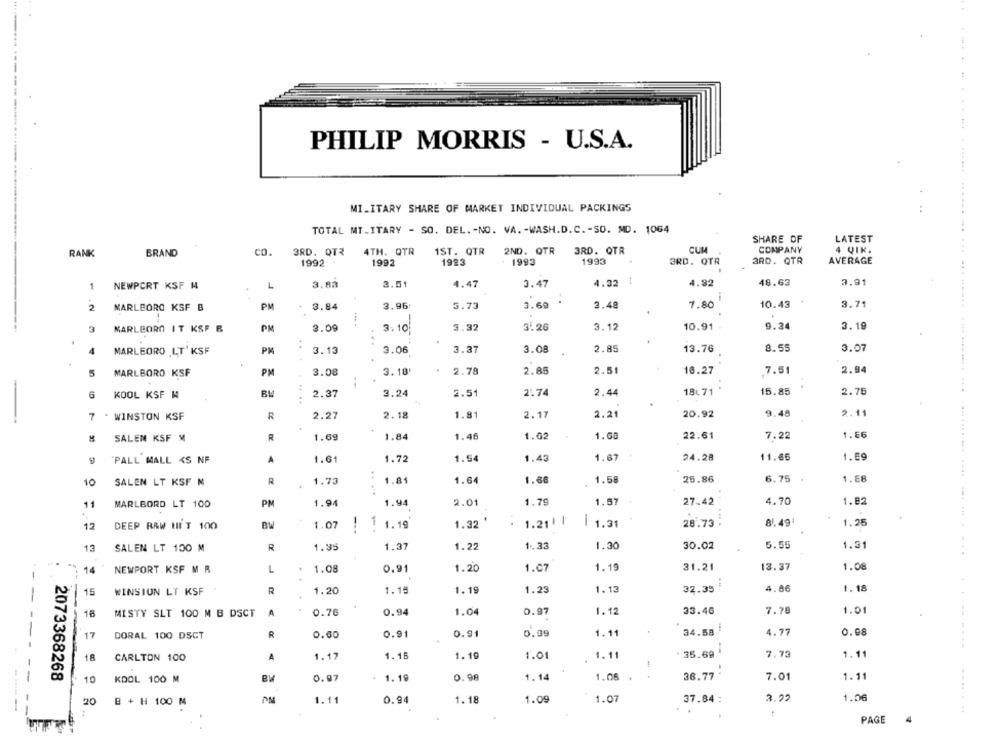
PHILIP MORRIS - U.S.A.
......... ...
MILITARY SHARE OF MARKET INDIVIDUAL PACKINGS
TOTAL MT.ITARY - SO. DEL. - NO. VA. - WASH.D.C. - SO. MD. 1064
.....
SHARE OF
LATEST
RANK
BRAND
CO
3RD. QT₹
4TH. QTR
1ST. QTR
2ND. QTR
3RD. QTR
CUM
COMPANY
4 QIK.
1993
3RD. QTR
AVERAGE
1992
1992
1993
1993
3RD. QTR
3.47
4.32
4.92
48.63
3.91
1
NEWPORT KSF N
L
3.8å
3.51
4.47
3.96
3.73
3.60
..
3.48
7.80
10.43
3.71
2
MARLBORO KSF B
PM
3.84
3.09
3.32
3.26
3.12
10.91
9.34
3.19
MARLBORO IT KSF B
3.10
PM
..
3.37
3.08
2.85
13.76
8.55
3.07
MARLEORO LT'KSF
3.13
3.06
5
PM
3.08
3.10'
2.78
2.85
2.51
16.27
.7.51
2.84
MARLBORO KSF
6
BL
2.37
3.24
2.51
2.74
2.44
18L71
15.85
2.75
KOOL KSF N
.. ..
7 . WINSTON KSF
R
2.27
2.18
1.81
2.17
2.21
20.92
9.48
2.11
SALEM KSF M
R
1.69
1.84
1.46
1.62
1.68
22.61
7.22
1.66
"PALL MALL <S NF
A
1.61
1.72
1.54
1.43
1.67
24.28
11.65
1.69
.+
10
SALEN LT KSF N
R
1.73
1.81
1.64
1.66
1.58
25.86
6.75
1.68
11
MARLBORD LT 100
PM
1.94
1.94
2.01
1.79
1.57
27.42
4.70
1.82
12
DEEP RAW HIT 100
1.07
1 1.19
1.32
1.21| |
| 1.31
28.73
....
8.49
1.25
---
13
SALEN LT 100 M
R
1.95
1.37
1.22
1.33
1.30
30.02
5.55
1.31
14
NEWPORT KSF M R
L
1.08
0.91
1.20
1.07
1.19
31.21
13.37
1.08
15
WINSION LT KSF
R
1.20
1.15
1.19
1.23
1.13
32.35
4.86
1.18
--
7.78
18
MISTY SLT 100 M B DSCT
A
0.76
0.94
1.04
0.97
1.12
33.46
1.01
34.58
--
17
DORAL 100 DSCT
R
0.00
0.91
0.91
0.99
1.11
4.77
0.08
--
35.69
7.73
18
CARLTON 100
A
1.17
1.16
1.19
1.01
1.11
1.11
2073368268
1.14
36.77
7.01
1.11
10
KOOL 100 M
0.97
1. 19
0.90
1.08
3.92
1.06
20
B + H 100 M
1.11
0.94
1.18
1.09
1.07
37.84 :
PAGE
4